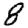
Digit: 8